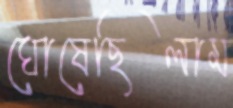
ঘোষেছিলাম